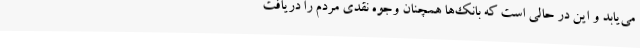
می‌یابد و این در حالی است که بانک‌ها همچنان وجوه نقدی مردم را دریافت